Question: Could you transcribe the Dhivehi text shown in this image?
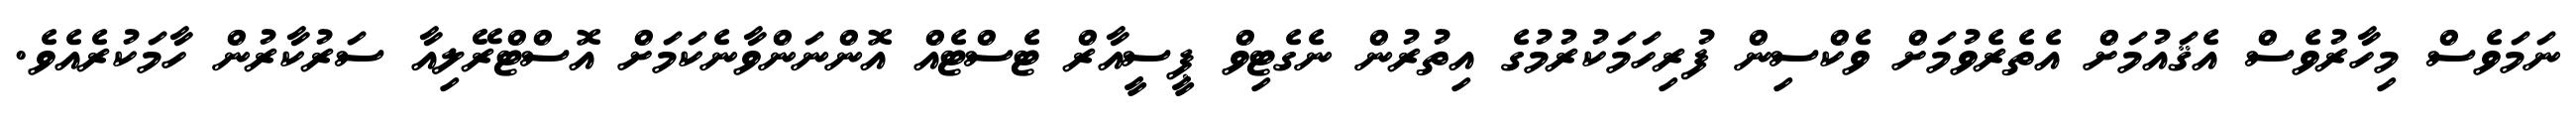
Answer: ނަމަވެސް މިހާރުވެސް އެޤައުމަށް އެތެރެވުމަށް ވެކްސިން ފުރިހަމަކުރުމުގެ އިތުރުން ނެގެޓިވް ޕީސީއާރް ޓެސްޓެއް އޮންނަންވާނެކަމަށް އޮސްޓްރޭލިއާ ސަރުކާރުން ހާމަކުރެއެވެ.